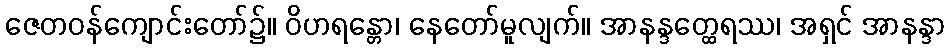
ဇေတဝန်ကျောင်းတော်၌။ ဝိဟရန္တော၊ နေတော်မူလျက်။ အာနန္ဒတ္ထေရဿ၊ အရှင် အာနန္ဒာ